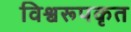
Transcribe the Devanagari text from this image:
विश्वरूपकृत